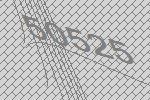
50525